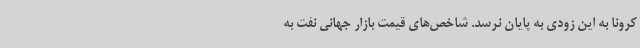
کرونا به این زودی به پایان نرسد. شاخص‌های قیمت بازار جهانی نفت به